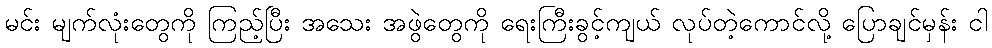
မင်း မျက်လုံးတွေကို ကြည့်ပြီး အသေး အဖွဲတွေကို ရေးကြီးခွင့်ကျယ် လုပ်တဲ့ကောင်လို့ ပြောချင်မှန်း ငါ